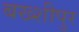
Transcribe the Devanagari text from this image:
बख्शीपुर